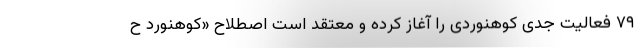
۷۹ فعالیت جدی کوهنوردی را آغاز کرده و معتقد است اصطلاح «کوهنورد ح